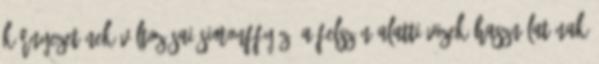
környezetének változásai Simonffy Z. A felszín alatti vizek használatának